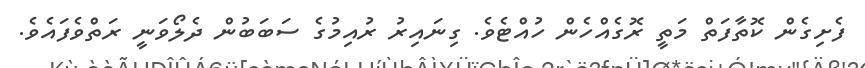
ފެށިގެން ކޮތާފަތް މަތީ ރޮގެއްހެން ހުއްޓެވެ. ގިނައިރު ރުއިމުގެ ސަބަބުން ދެލޯވަނީ ރަތްވެފައެވެ.